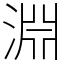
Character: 淵